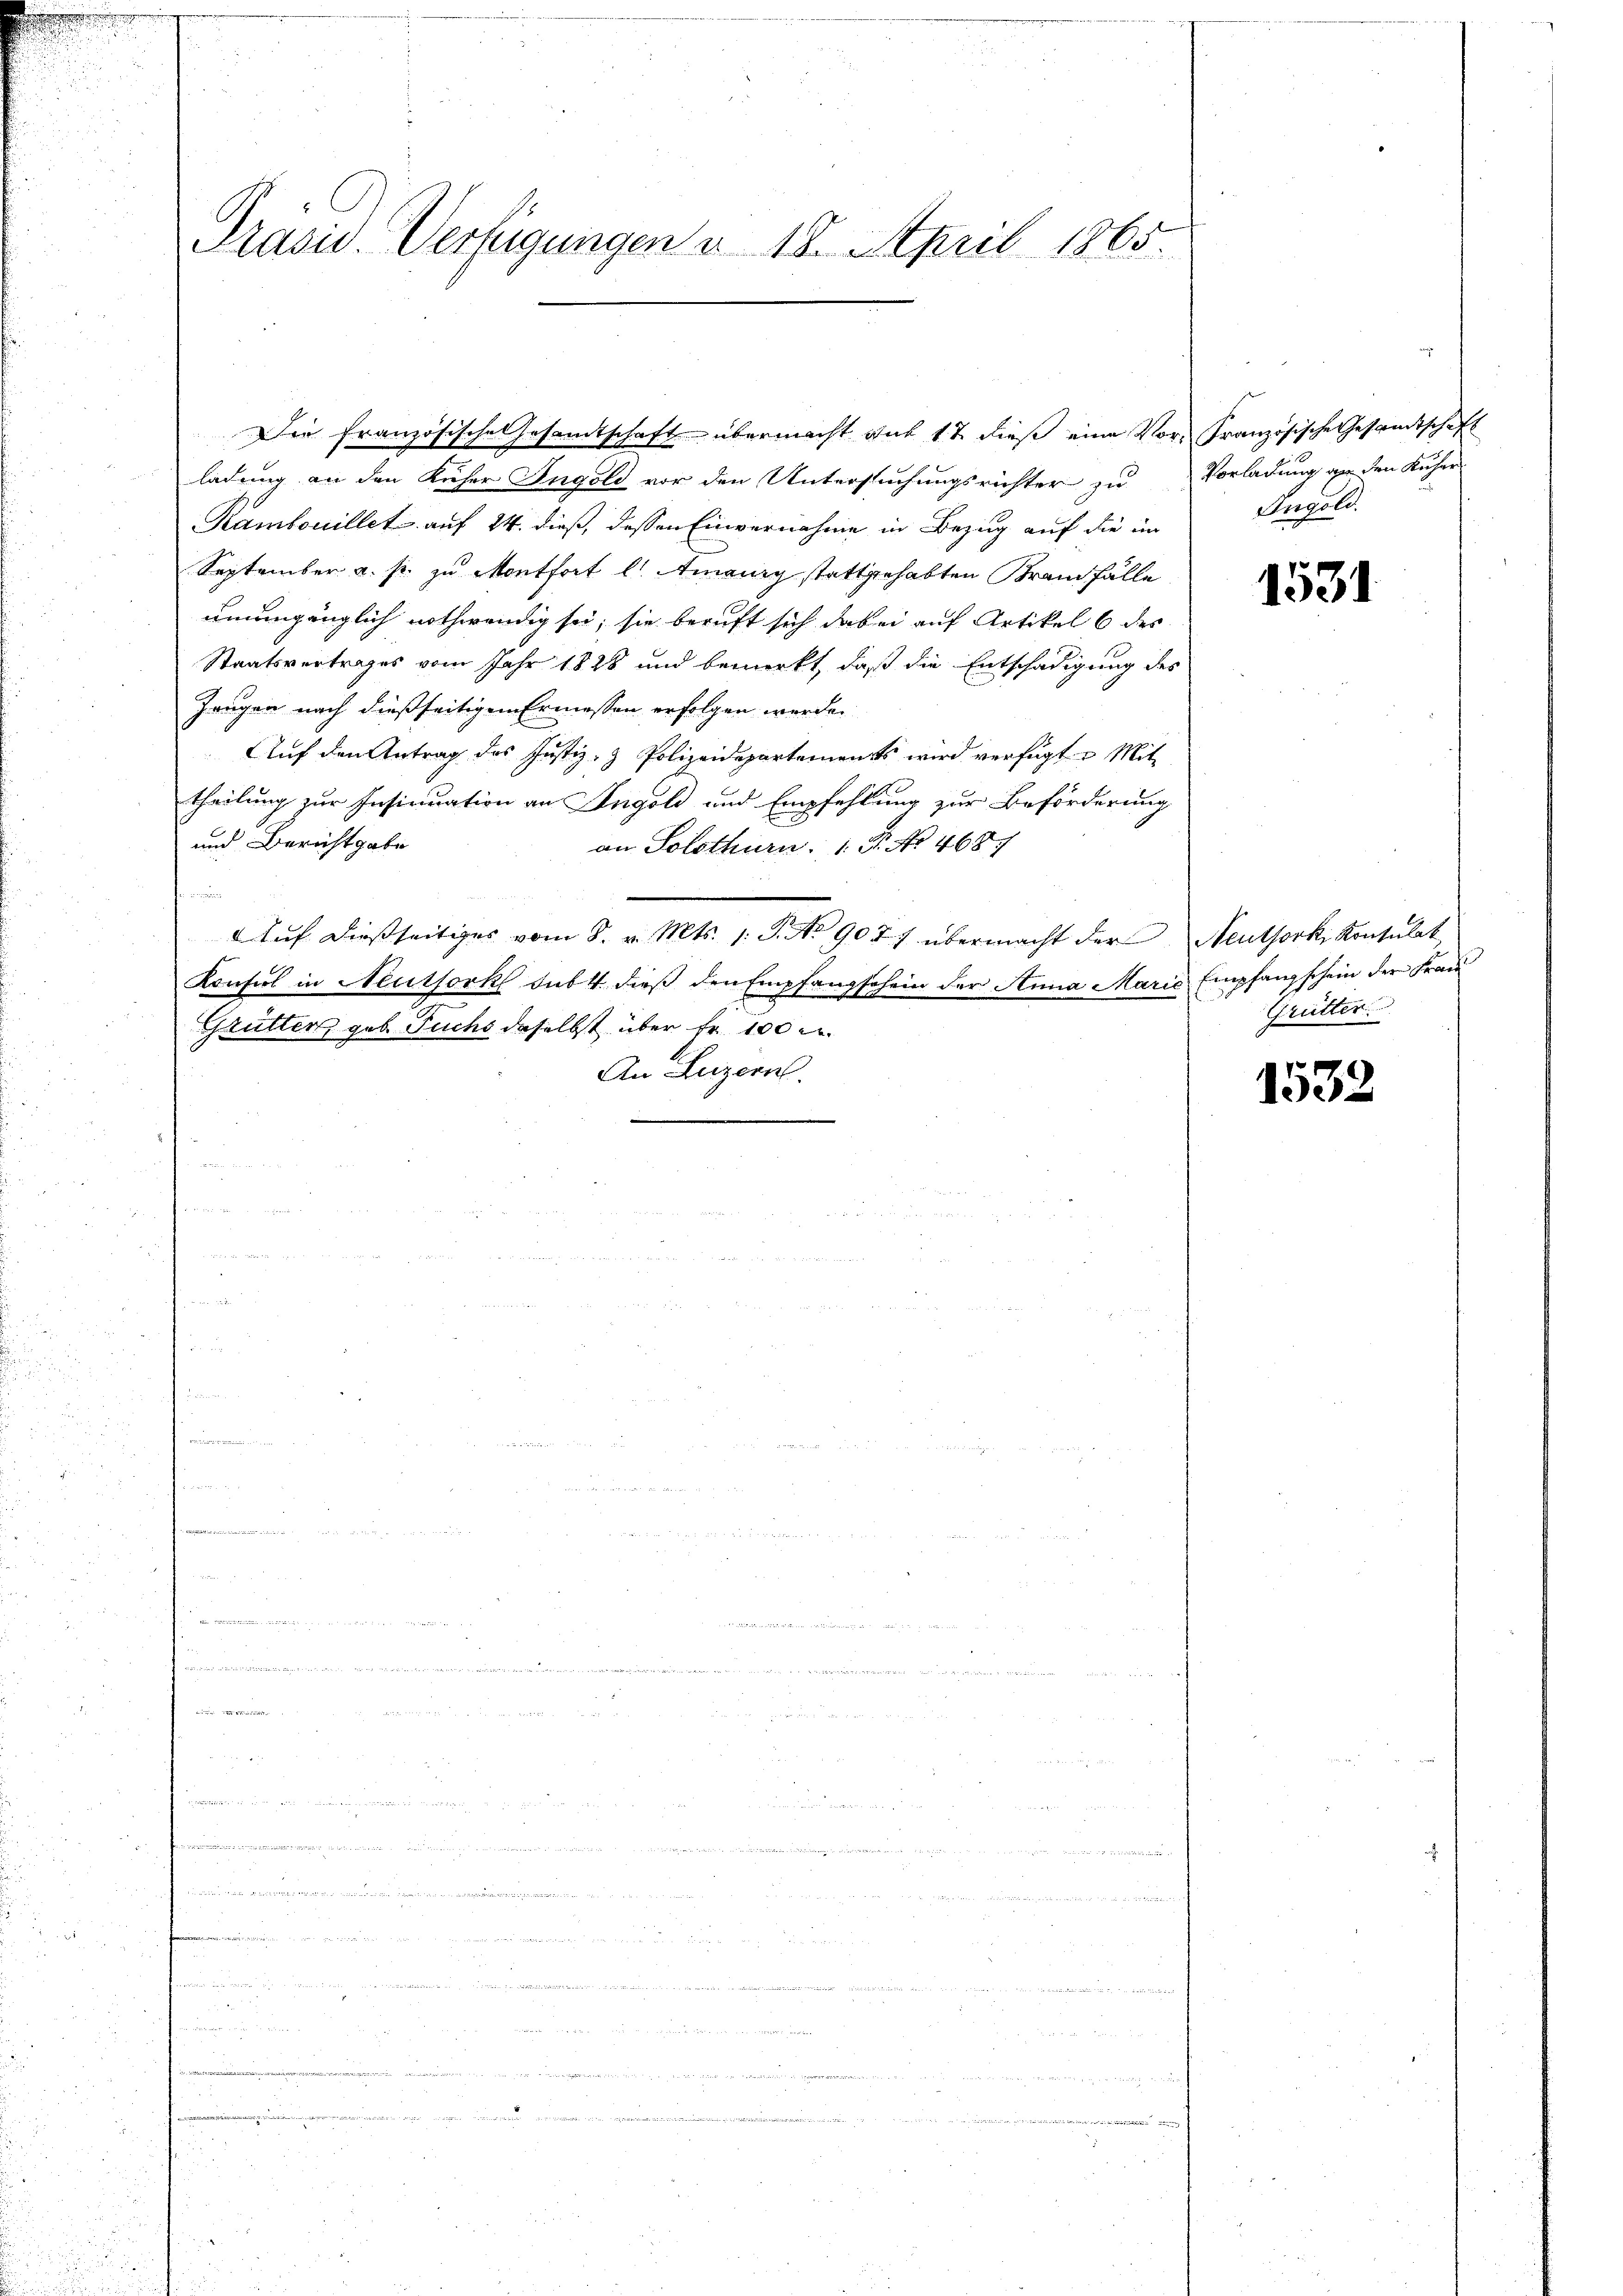
Präsid. Verfügungen u. 18. April 1865.

ladung an den Kücher Ingold vor den Untersuchungsrichter zu Vorladung an den Kuher
Rambouillet auf 24. dieß, dessen Einvernahme in Bezug auf die im Angeld.
September a. p. zu Montfort lt. Amairg stattgehabten Brand fälle
unumgänglich nothwendig sei, sie beruft sich dabei auf Artikel 6 des
Staatsvertrages vom Jahr 1828 und bemerkt, daß die Entschädigung des
Zeugen nach dießseitigen Ermessen erfolgen werde.
Auf den Antrag des Justiz- & Polizeidepartements wird verfügt u. Mit
theilung zur Insinuation an Ingold und Empfehlung zur Beförderung
und Bericht gabe
an Solothurn, 1 Fr. No. 4687

Auf dießseitiges vom 8. v. Mts. 1. P. Nr. 907 übermacht der Neuthork, Konsulat
Konsul in Neuthork subt dieß den Empfangschein der Anna Marić Empfangschein der Frau
Grütter, geb. Fuchs daselbst über Fr. 100 e
An Luzern.
n
 Mr. Ha

Die französische Gesandtschaft übermacht auf 17 dieß eine Vor- Französische Gesandtschaft

1531

Grütter.

1532